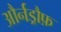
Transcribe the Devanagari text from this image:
और्नड्रौफ़